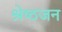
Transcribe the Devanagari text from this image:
श्रेष्‍ठजन